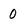
Character: 0